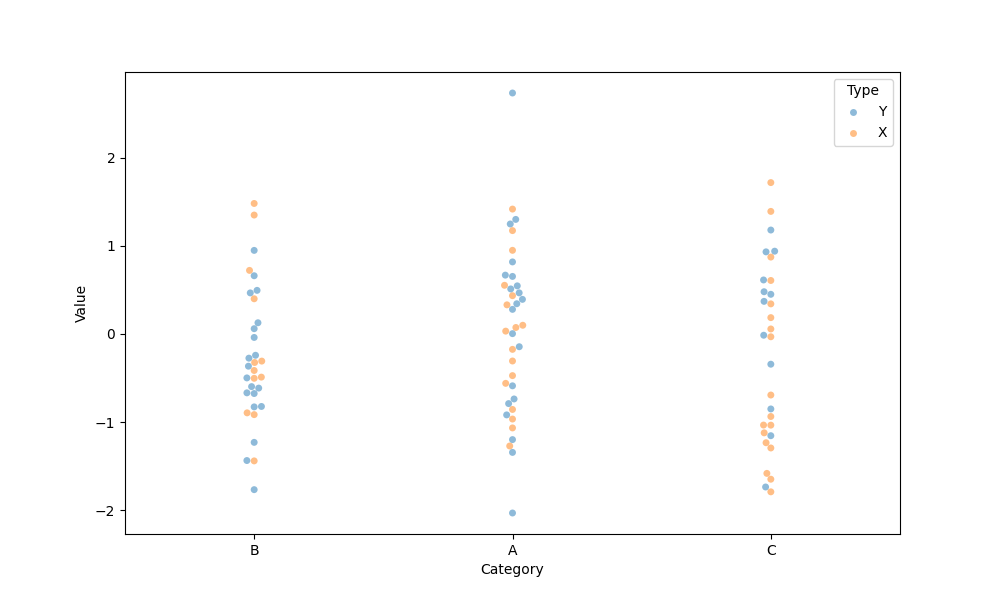
python, seaborn, swarmplot, dodge=False, alpha=0.5, size=5